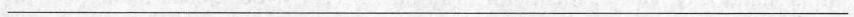
___